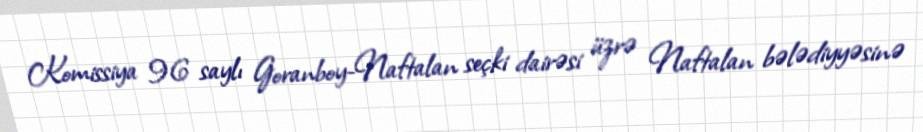
Komissiya 96 saylı Goranboy-Naftalan seçki dairəsi üzrə Naftalan bələdiyyəsinə